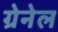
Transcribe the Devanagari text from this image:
ग्रेनेल